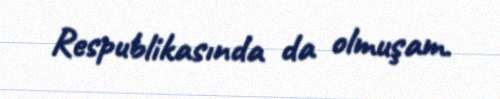
Respublikasında da olmuşam.